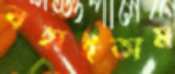
বহাইতাম